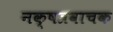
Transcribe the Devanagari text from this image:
नक्षत्रवाचक